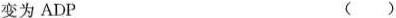
变为ADP ( )